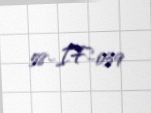
58-IF-039